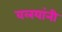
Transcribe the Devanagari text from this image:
वलयांनी